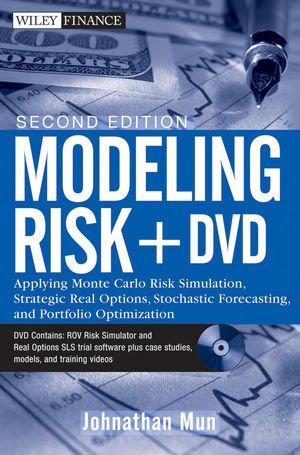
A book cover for Modeling Risk, + DVD: Applying Monte Carlo Risk Simulation, Strategic Real Options, Stochastic Forecasting, and Portfolio Optimization; Johnathan Mun; Business & Money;